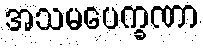
အသမပေက္ခဏာ